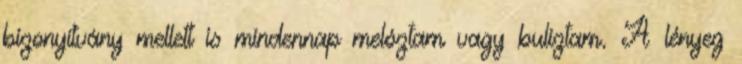
bizonyítvány mellett is mindennap melóztam vagy buliztam. A lényeg